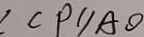
\angle C P / / A O